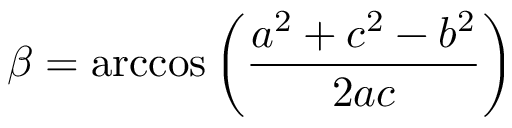
\beta = \operatorname { a r c c o s } \left( { \frac { a ^ { 2 } + c ^ { 2 } - b ^ { 2 } } { 2 a c } } \right)